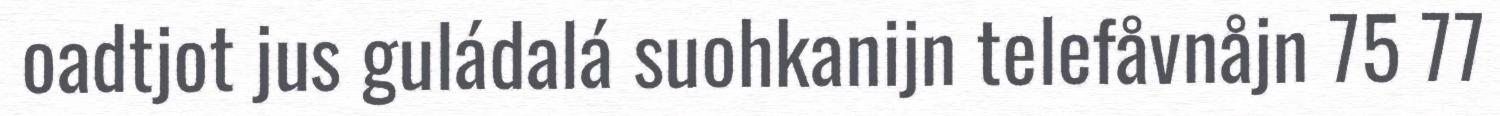
oadtjot jus guládalá suohkanijn telefåvnåjn 75 77